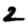
Digit: 2